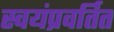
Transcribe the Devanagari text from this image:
स्वयंप्रवर्तित